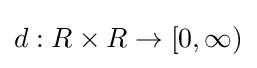
d:R\times R\to [0,\infty )